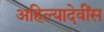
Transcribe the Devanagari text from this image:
अहिल्यादेवींस